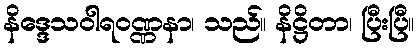
နိဒ္ဒေသဝါရဝဏ္ဏနာ၊ သည်။ နိဋ္ဌိတာ၊ ပြီးပြီ။